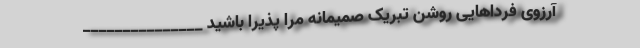
آرزوی فرداهایی روشن تبریک صمیمانه مرا پذیرا باشید _______________